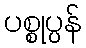
ပစ္စုပ္ပန်